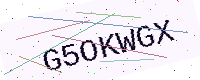
Text: G5OKWGX